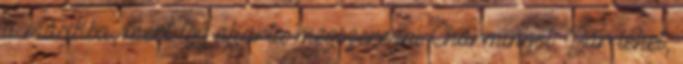
a másikba, mert így akarta megszerezni Charmingot. Bár lehet,